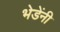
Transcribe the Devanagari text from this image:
भेडेंनी